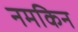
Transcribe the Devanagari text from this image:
नमकिन